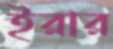
ইরার